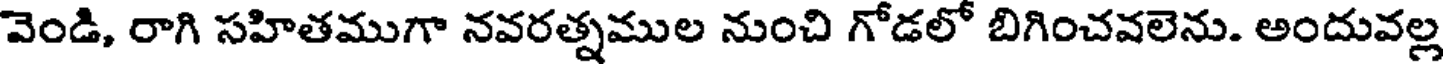
వెండి, రాగి సహితముగా నవరత్నముల నుంచి గోడలో బిగించవలెను. అందువల్ల